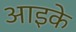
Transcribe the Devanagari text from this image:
आइके